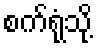
စက်ရုံသို့